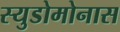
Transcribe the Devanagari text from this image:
स्युडोमोनास